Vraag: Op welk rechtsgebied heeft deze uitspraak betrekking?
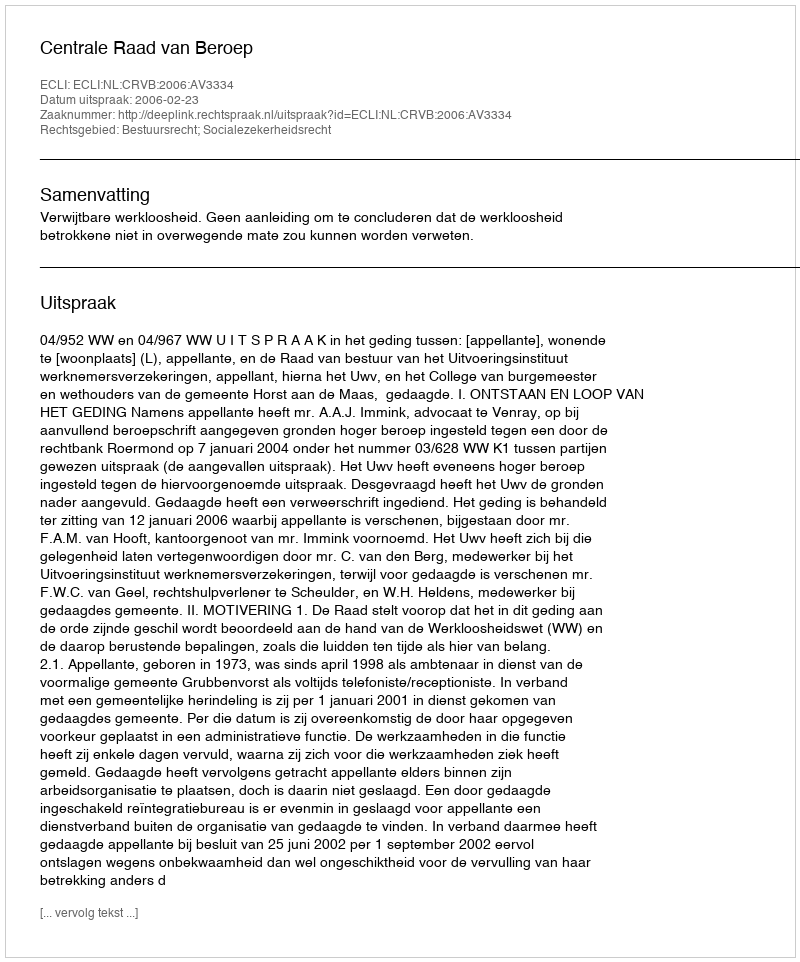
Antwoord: Bestuursrecht; Socialezekerheidsrecht